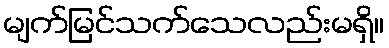
မျက်မြင်သက်သေလည်းမရှိ။